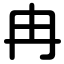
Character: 冉